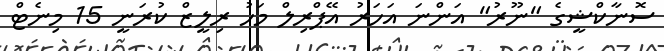
ސޮނާކްޝީގެ "ނޫރު" އަންނަ އަހަރު އޭޕްރިލް މަހު ރިލީޒް ކުރަނީ 15 މިނެޓް